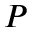
P